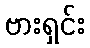
ဗားရှင်း